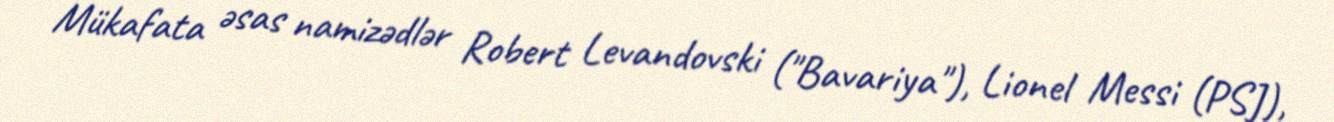
Mükafata əsas namizədlər Robert Levandovski ("Bavariya"), Lionel Messi (PSJ),